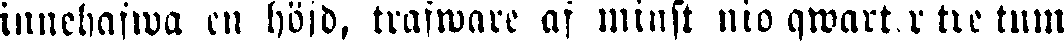
innehafwa en höjd, trafware af minst nio qwarter tre tum